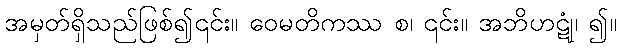
အမှတ်ရှိသည်ဖြစ်၍၎င်း။ ဝေမတိကဿ စ၊ ၎င်း။ အဘိဟဋုံ၊ ၍။